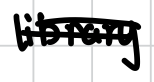
Text: library.
Cross-out: double-line
Writing tool: digital_black